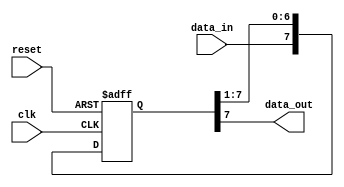
module PISO_shift_register(
    input clk, // Clock signal
    input reset, // Reset signal
    input data_in, // Serial input data
    output reg data_out // Serial output data
);

reg [7:0] shift_reg; // Define shift register with 8 bits

always @(posedge clk or posedge reset) begin
    if (reset) begin
        shift_reg <= 8'b00000000; // Reset shift register to all zeros
    end else begin
        shift_reg <= {data_in, shift_reg[7:1]}; // Shift data_in into shift register
    end
end

assign data_out = shift_reg[7]; // Output the last bit of the shift register

endmodule